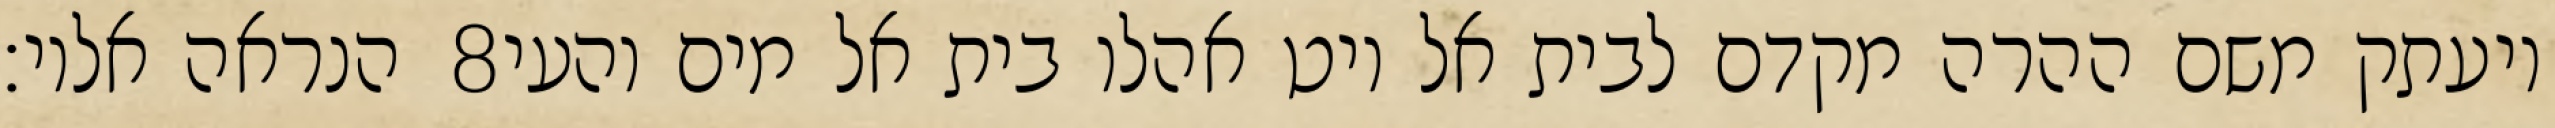
הנראה אליו׃ ‎8‏ ויעתק משם ההרה מקדם לבית אל ויט אהלו בית אל מים והעי